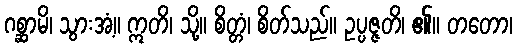
ဂစ္ဆာမိ၊ သွားအံ့။ ဣတိ၊ သို့။ စိတ္တံ၊ စိတ်သည်။ ဥပ္ပဇ္ဇတိ၊ ၏။ တတော၊